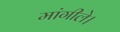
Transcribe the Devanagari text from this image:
मांगीले।